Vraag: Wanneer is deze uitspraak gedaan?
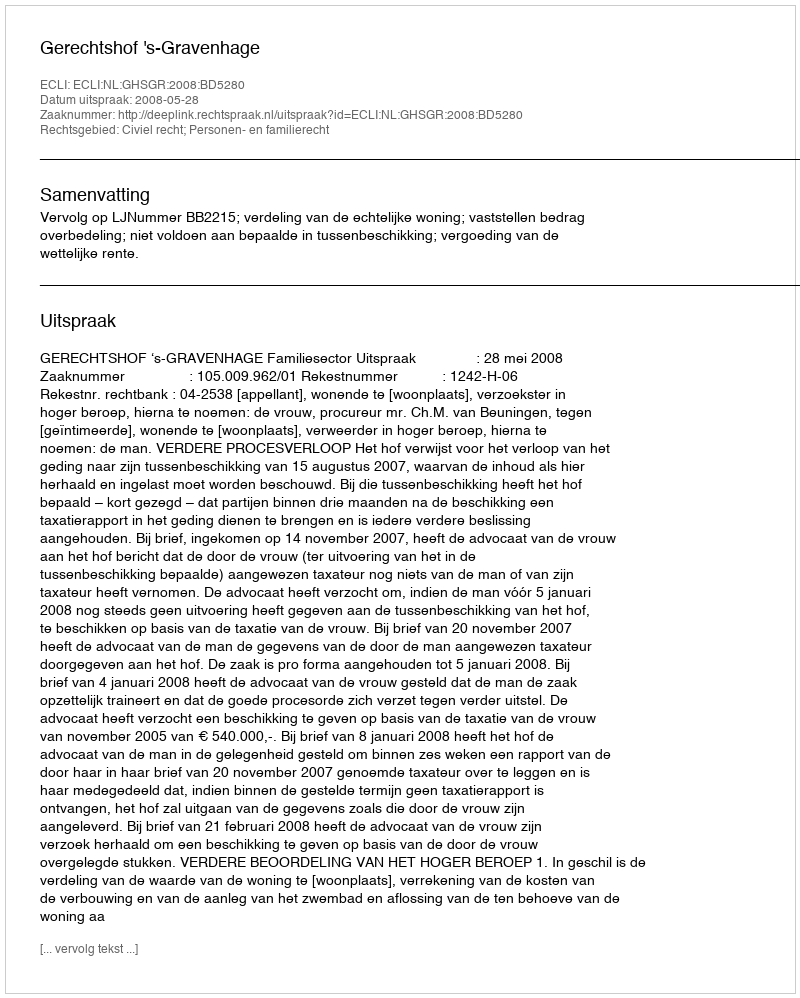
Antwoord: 2008-05-28